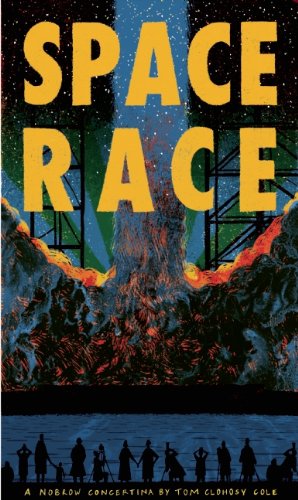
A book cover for Space Race (Leporello); Children's Books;